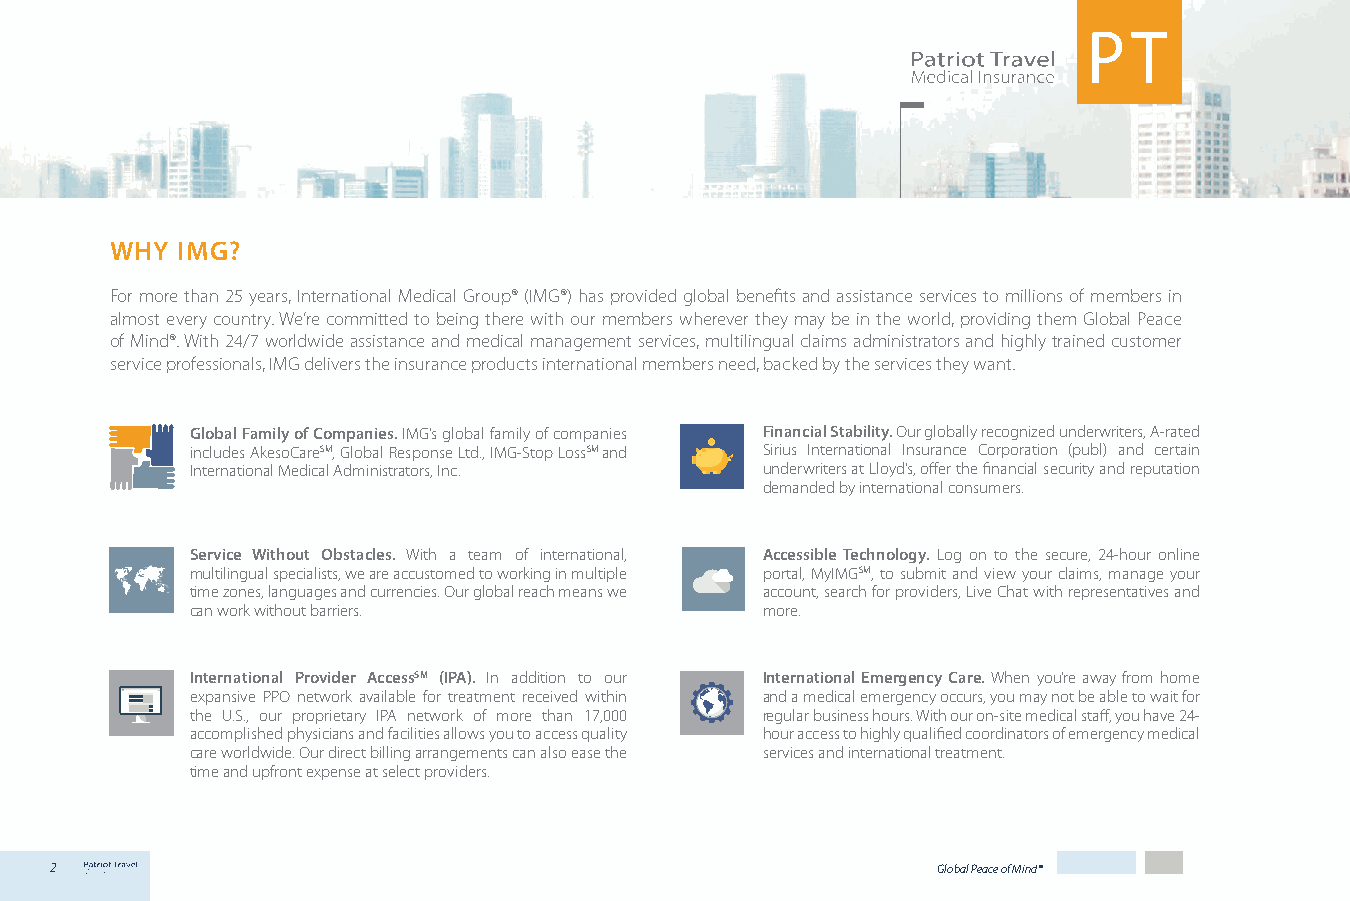
WHY  IMG?
 For more than 25 years, International Medical Group® (IMG®) has provided global benefits and assistance services to millions of members in
 almost every country. We’re committed to being there with our members wherever they may be in the world, providing them Global Peace
 of Mind®. With 24/7 worldwide assistance and medical management services, multilingual claims administrators and highly trained customer
 service professionals, IMG delivers the insurance products international members need, backed by the services they want.
 Global Family of Companies. IMG’s global family of companies Financial Stability. Our globally recognized underwriters, A-rated
 includes AkesoCareSM, Global Response Ltd., IMG-Stop LossSM and Sirius International Insurance Corporation (publ) and certain
 International Medical Administrators, Inc. underwriters at Lloyd’s, offer the financial security and reputation
 demanded by international consumers.
 Service Without Obstacles. With a team of international, Accessible Technology. Log on to the secure, 24-hour online
 multilingual specialists, we are accustomed to working in multiple portal, MyIMGSM, to submit and view your claims, manage your
 time zones, languages and currencies. Our global reach means we account, search for providers, Live Chat with representatives and
 can work without barriers.           more.
 International Provider AccessSM (IPA). In addition to our International Emergency Care. When you’re away from home
 expansive PPO network available for treatment received within and a medical emergency occurs, you may not be able to wait for
 the U.S., our proprietary IPA network of more than 17,000 regular business hours. With our on-site medical staff, you have 24-
 accomplished physicians and facilities allows you to access quality hour access to highly qualified coordinators of emergency medical
 care worldwide. Our direct billing arrangements can also ease the services and international treatment.
 time and upfront expense at select providers.
 2                                                          Global Peace of Mind®